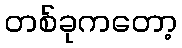
တစ်ခုကတော့